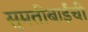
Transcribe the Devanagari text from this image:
सुमतीबाईंची